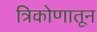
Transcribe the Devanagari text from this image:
त्रिकोणातून